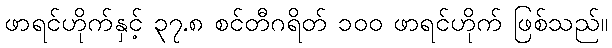
ဖာရင်ဟိုက်နှင့် ၃၇.၈ စင်တီဂရိတ် ၁၀၀ ဖာရင်ဟိုက် ဖြစ်သည်။